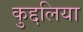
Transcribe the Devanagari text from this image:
कुद्दलिया